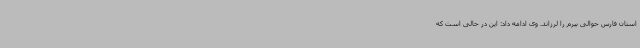
استان فارس حوالی بیرم را لرزاند. وی ادامه داد: این در حالی است که